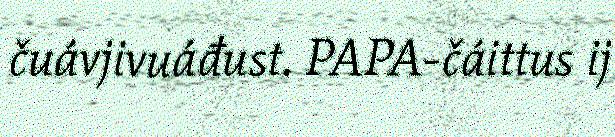
čuávjivuáđust. PAPA-čáittus ij